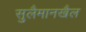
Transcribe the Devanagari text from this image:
सुलैमानखैल